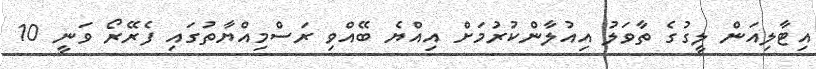
އިޓާލިއަން ލީގުގެ ތާވަލު އިއުލާންކުރުމަށް އިއްޔެ ބޭއްވި ރަސްމިއްޔާތުގައި ފެރޭރޯ ވަނީ 10